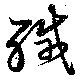
緘